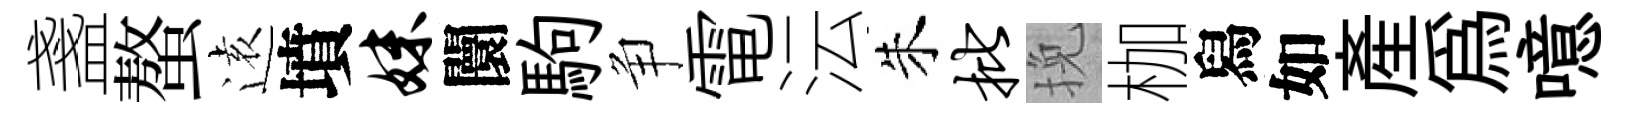
盞螯逺墳妹闤駒争電沄朱批挽枷舄如産為噫